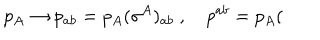
LaTeX: p _ { A } \rightarrow p _ { a b } = p _ { A } ( \sigma ^ { A } ) _ { a b } \ , \quad p ^ { a b } = p _ { A } (